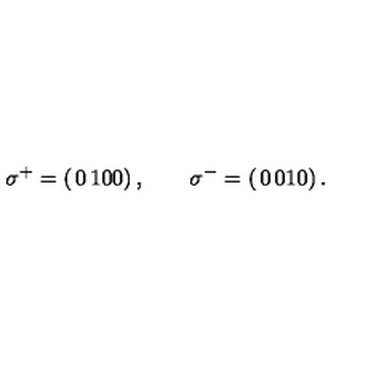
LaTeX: \sigma ^ { + } = \left( \begin{matrix} { 0 } & { 1 } \\ { 0 } & { 0 } \\ \end{matrix} \right) , \qquad \sigma ^ { - } = \left( \begin{matrix} { 0 } & { 0 } \\ { 1 } & { 0 } \\ \end{matrix} \right) .